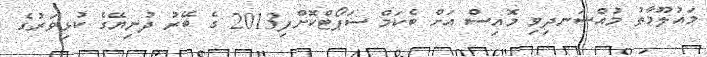
މައުލޫމާތު މުއްސަނދިވި މޮއިސް އަށް ބެކަމް ސަޕޯޓްކޮށްފި2013 ގެ ބޭރު ދުނިޔޭގެ ކުޅިވަރުގެ